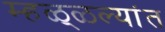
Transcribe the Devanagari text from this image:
म्हळ्ळल्यांत